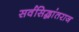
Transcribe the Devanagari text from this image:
सर्वसिद्धांतराज